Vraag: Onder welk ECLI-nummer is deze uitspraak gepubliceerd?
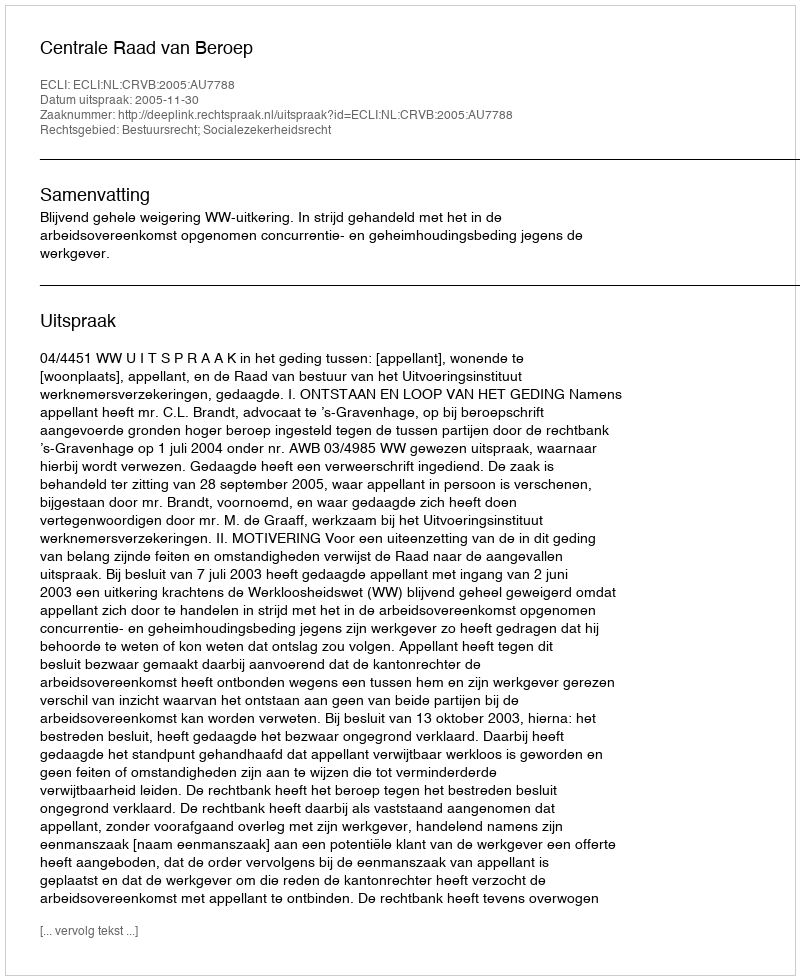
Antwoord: ECLI:NL:CRVB:2005:AU7788